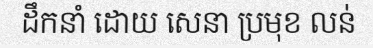
ដឹកនាំ ដោយ សេនា ប្រមុខ លន់